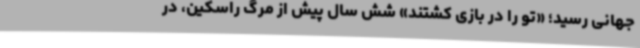
جهانی رسید؛ «تو را ‌در ‌بازی ‌کشتند» شش سال پیش از مرگ راسکین، در